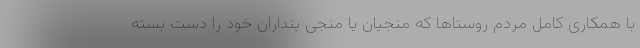
با همکاری کامل مردم روستاها که منجیان یا منجی پنداران خود را دست بسته